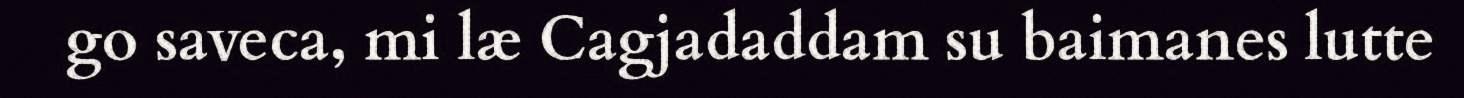
go saveca, mi læ Cagjadaddam su baimanes lutte